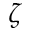
\boldsymbol { \zeta }